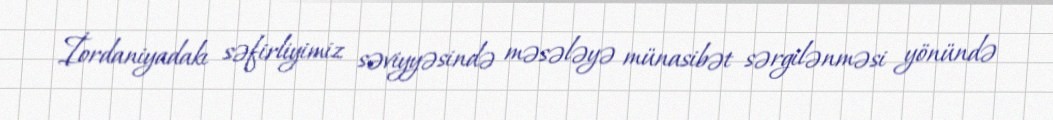
İordaniyadakı səfirliyimiz səviyyəsində məsələyə münasibət sərgilənməsi yönündə